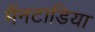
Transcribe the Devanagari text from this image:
मैंनटाडिया